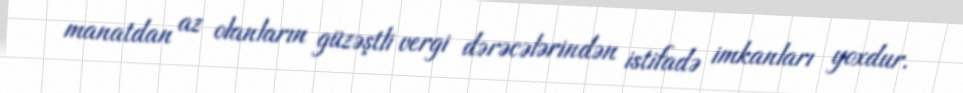
manatdan az olanların güzəştli vergi dərəcələrindən istifadə imkanları yoxdur.